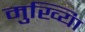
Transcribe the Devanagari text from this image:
मुख्यिा